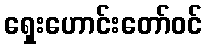
ရှေးဟောင်းတော်ဝင်